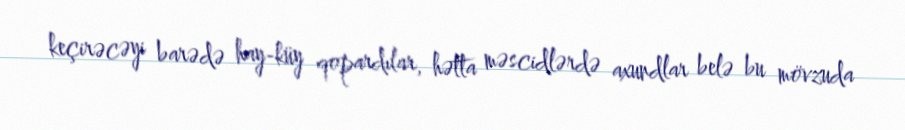
keçirəcəyi barədə hay-küy qopardılar, hətta məscidlərdə axundlar belə bu mövzuda